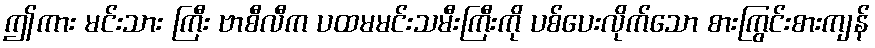
ဤကား မင်းသား ကြီး ဗာစီလီက ပထမမင်းသမီးကြီးကို ပစ်ပေးလိုက်သော စားကြွင်းစားကျန်